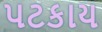
પટકાય